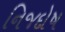
નિજદોષ